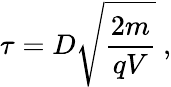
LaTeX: \tau=D\sqrt{\frac{2m}{qV}}\ ,